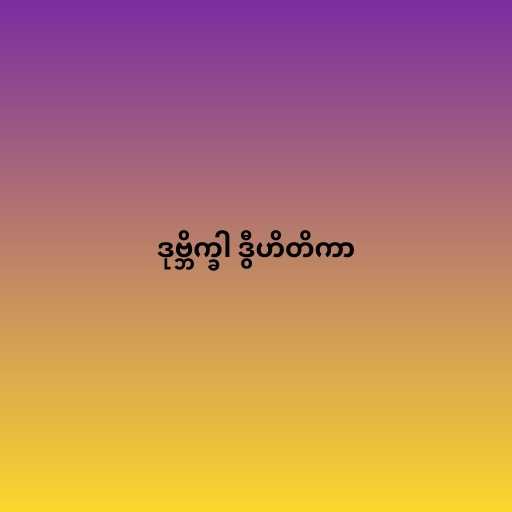
ဒုဗ္ဘိက္ခါ ဒွီဟိတိကာ